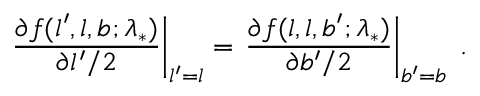
\left. \frac { \partial f ( l ^ { \prime } , l , b ; \lambda _ { * } ) } { \partial l ^ { \prime } / 2 } \right| _ { l ^ { \prime } = l } = \left. \frac { \partial f ( l , l , b ^ { \prime } ; \lambda _ { * } ) } { \partial b ^ { \prime } / 2 } \right| _ { b ^ { \prime } = b } \; .